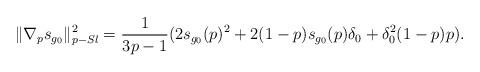
LaTeX: \begin{align*} &\|\nabla_p s_{g_0}\|^2_{p-Sl}= \frac{1}{3p-1}(2s_{g_0}(p)^2+2(1-p)s_{g_0}(p)\delta_0+\delta_0^2(1-p)p). \end{align*}